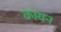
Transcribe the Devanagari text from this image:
कायन